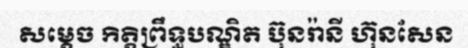
សម្តេច កិត្តិព្រឹទ្ធបណ្ឌិត ប៊ុនរ៉ានី ហ៊ុនសែន